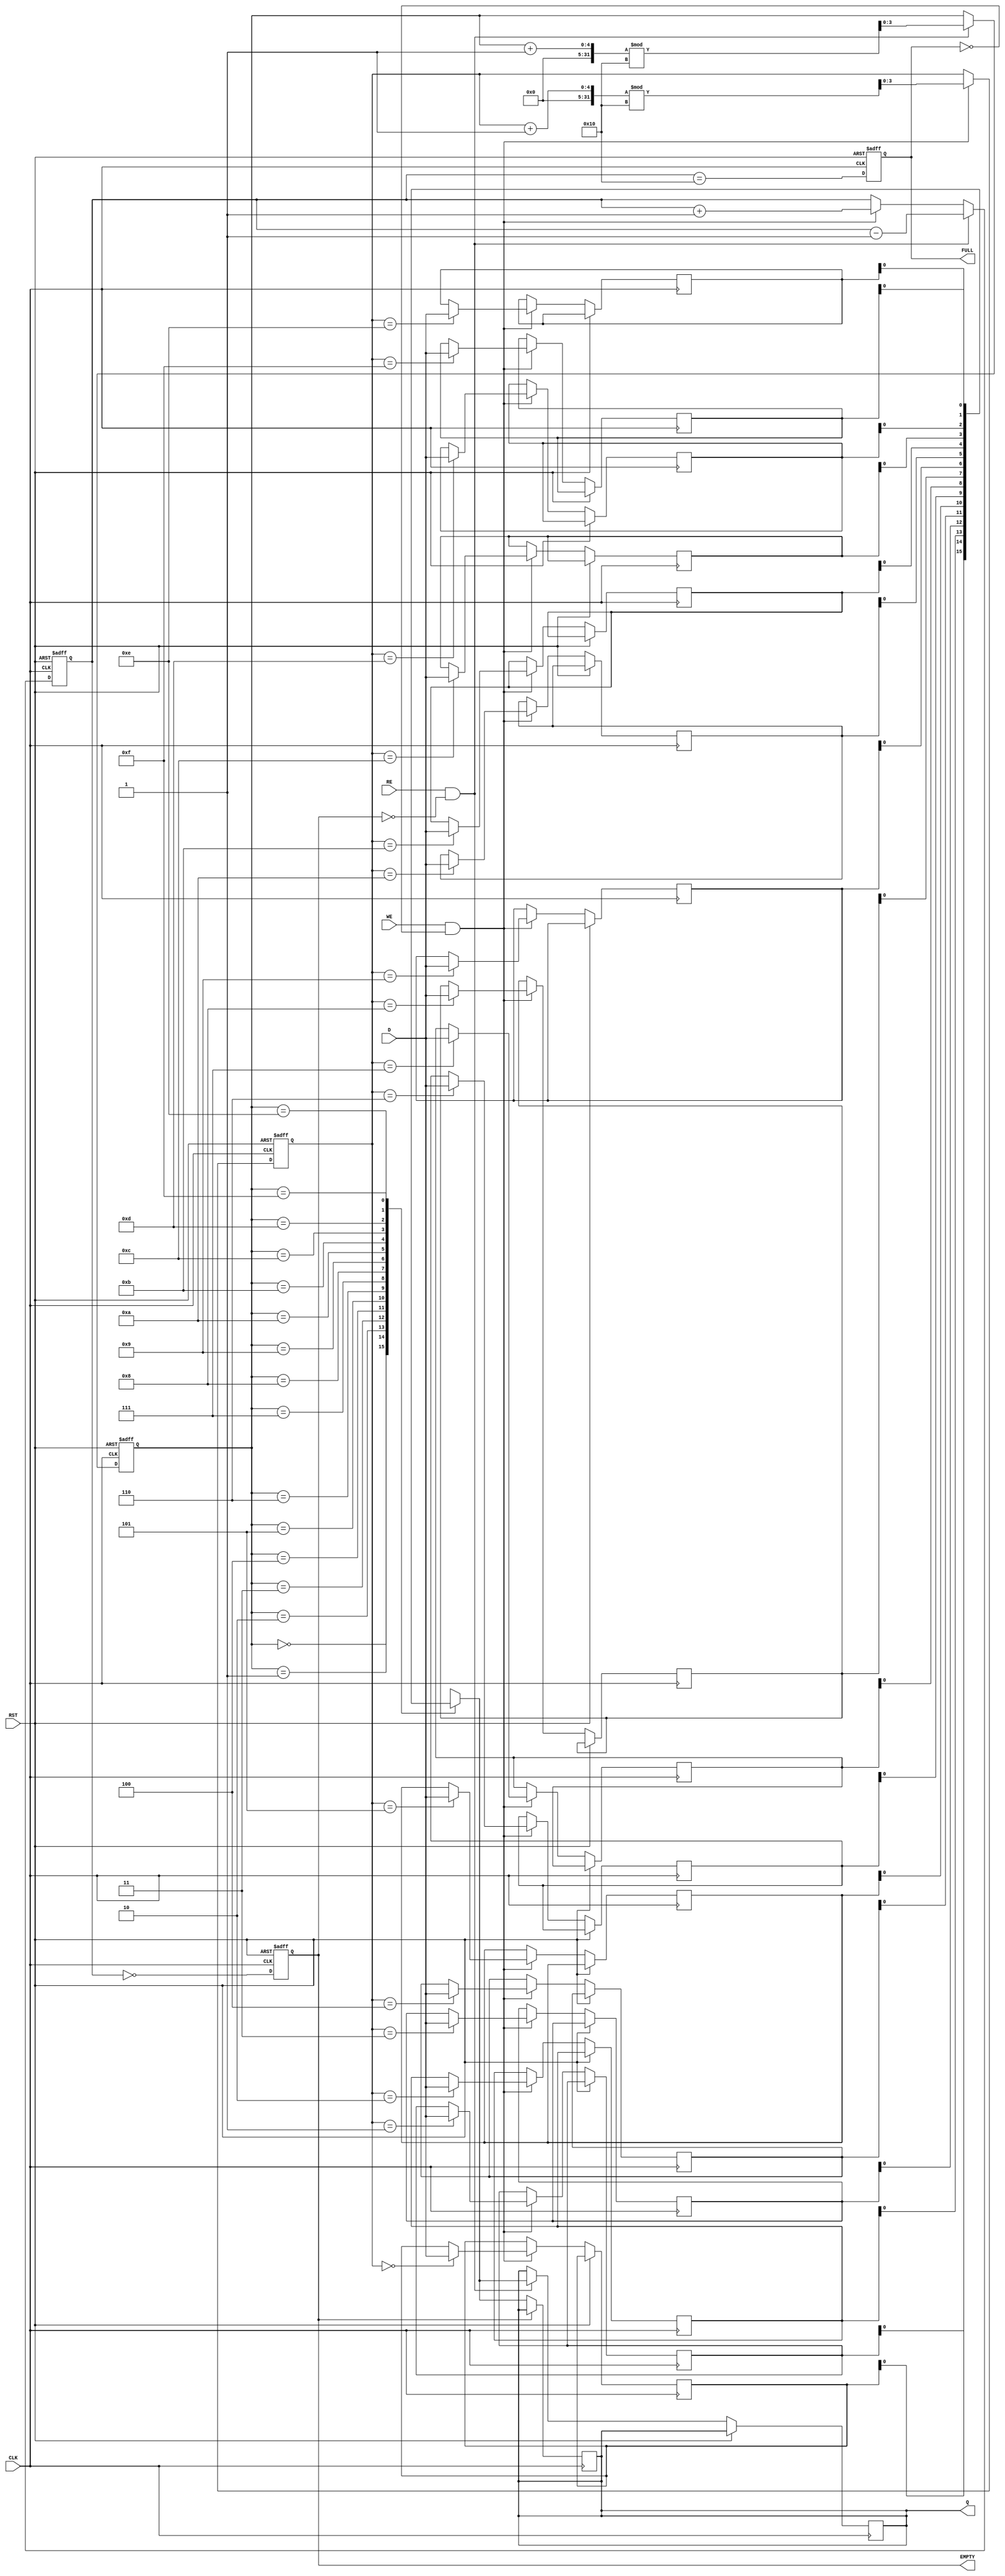
module fifo_piso #(
    parameter DATA_WIDTH = 8,   // Width of the parallel data input
    parameter FIFO_DEPTH = 16    // Depth of the FIFO
) (
    input  wire [DATA_WIDTH-1:0] D,      // Parallel Data Input
    input  wire WE,                      // Write Enable
    input  wire RE,                      // Read Enable
    input  wire CLK,                     // Clock
    input  wire RST,                     // Asynchronous Reset
    output reg Q,                        // Serial Output
    output reg FULL,                     // Full Flag
    output reg EMPTY                     // Empty Flag
);

    // Internal Declarations
    reg [DATA_WIDTH-1:0] fifo_mem [0:FIFO_DEPTH-1]; // FIFO Memory
    reg [3:0] write_ptr;      // Pointer for writing data
    reg [3:0] read_ptr;       // Pointer for reading data
    reg [4:0] fifo_count;     // Number of items in the FIFO

    // Asynchronous Reset
    always @(posedge CLK or posedge RST) begin
        if (RST) begin
            write_ptr <= 0;
            read_ptr <= 0;
            fifo_count <= 0;
            FULL <= 0;
            EMPTY <= 1;
        end else begin
            // Write operation
            if (WE && !FULL) begin
                fifo_mem[write_ptr] <= D;
                write_ptr <= (write_ptr + 1) % FIFO_DEPTH;
                fifo_count <= fifo_count + 1;
            end

            // Read operation
            if (RE && !EMPTY) begin
                Q <= fifo_mem[read_ptr][0]; // Serial output the LSB
                read_ptr <= (read_ptr + 1) % FIFO_DEPTH;
                fifo_count <= fifo_count - 1;
            end

            // Update Full and Empty Flags
            FULL <= (fifo_count == FIFO_DEPTH);
            EMPTY <= (fifo_count == 0);
        end
    end

    // Serial output shifting logic (shifting the data out)
    always @(posedge CLK) begin
        if (!EMPTY) begin
            // Shift Q with each read operation
            Q <= fifo_mem[read_ptr][0];  // Assuming the output is always LSB
        end
    end

endmodule